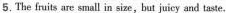
5.The fruits are small in size，but juicy and taste.